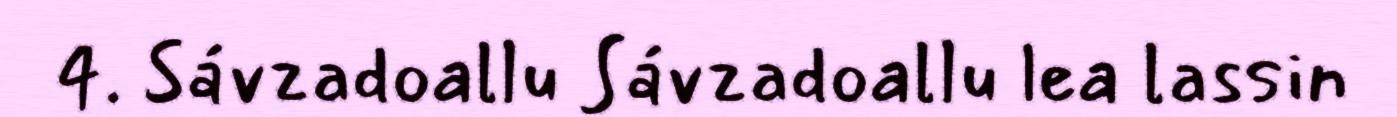
4. Sávzadoallu Sávzadoallu lea lassin